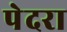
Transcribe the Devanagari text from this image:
पेदरा